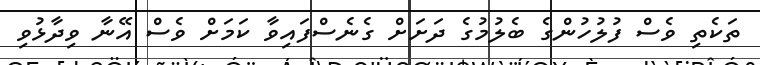
ތަކެތި ވެސް ފުލުހުންގެ ބެލުމުގެ ދަށަށް ގެނެސްފައިވާ ކަމަށް ވެސް އޭނާ ވިދާޅުވި